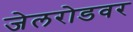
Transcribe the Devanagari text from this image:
जेलरोडवर